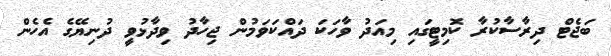
ބަޖެޓް ދިރާސާކުރާ ކޮމިޓީގައި މިއަދު ވާހަކަ ދައްކަވަމުން ޖިހާދު ވިދާޅުވީ ދުނިޔޭގެެ އެހެން